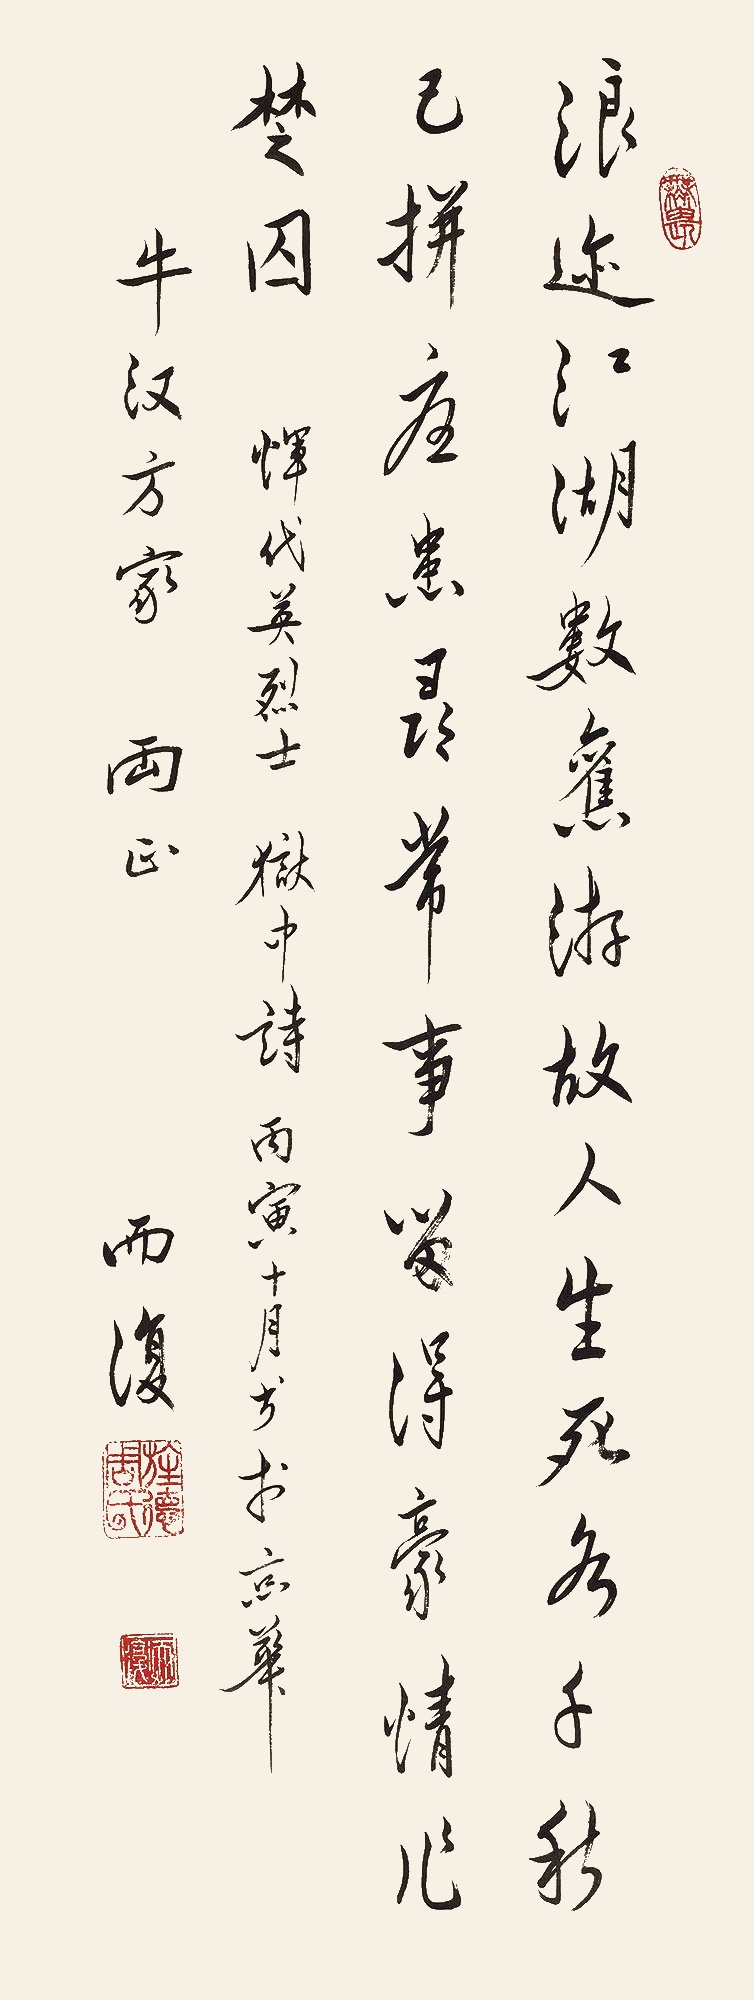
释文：浪迹江湖数旧游，故人生死各千秋。已拼忧患寻常事，留得豪情作楚囚。恽代英烈士，狱中诗，丙寅（1986年）十月写于京华，牛汉方家两正，而复。